Annual report of the Imperial Bacteriological Laboratory, Muktesar
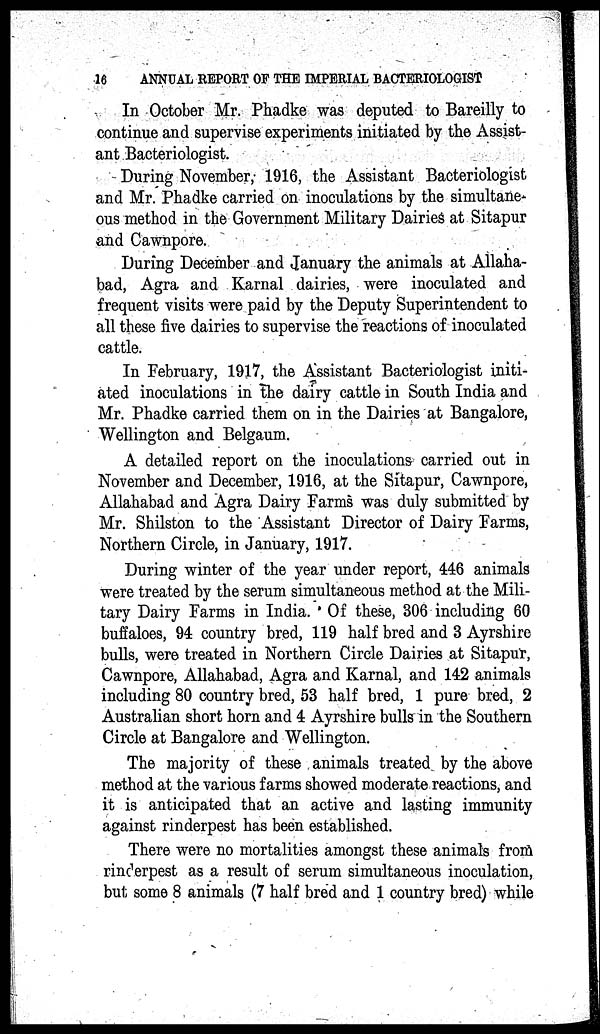
16
ANNUAL REPORT OF THE IMPERIAL BACTERIOLOGIST
In October Mr. Phadke was deputed to Bareilly to
continue and supervise experiments initiated by the Assist-
ant Bacteriologist.
During November, 1916, the Assistant Bacteriologist
and Mr. Phadke carried on inoculations by the simultane¬
ous method in the Government Military Dairies at Sitapur
and Cawnpore.
During December and January the animals at Allaha-
bad, Agra and Karnal dairies, were inoculated and
frequent visits were paid by the Deputy Superintendent to
all these five dairies to supervise the reactions of inoculated
cattle.
In February, 1917, the Assistant Bacteriologist initi-
ated inoculations in the dairy cattle in South India and
Mr. Phadke carried them on in the Dairies at Bangalore,
Wellington and Belgaum.
A detailed report on the inoculations carried out in
November and December, 1916, at the Sitapur, Cawnpore,
Allahabad and Agra Dairy Farms was duly submitted by
Mr. Shilston to the Assistant Director of Dairy Farms,
Northern Circle, in January, 1917.
During winter of the year under report, 446 animals
were treated by the serum simultaneous method at the Mili-
tary Dairy Farms in India. Of these, 306 including 60
buffaloes, 94 country bred, 119 half bred and 3 Ayrshire
bulls, were treated in Northern Circle Dairies at Sitapur,
Cawnpore, Allahabad, Agra and Karnal, and 142 animals
including 80 country bred, 53 half bred, 1 pure bred, 2
Australian short horn and 4 Ayrshire bulls in the Southern
Circle at Bangalore and Wellington.
The majority of these animals treated by the above
method at the various farms showed moderate reactions, and
it is anticipated that an active and lasting immunity
against rinderpest has been established.
There were no mortalities amongst these animals from
rinderpest as a result of serum simultaneous inoculation,
but some 8 animals (7 half bred and 1 country bred) while